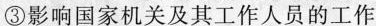
③影响国家机关及其工作人员的工作